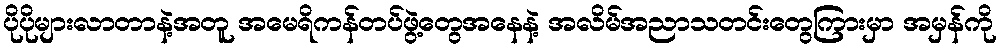
ပိုပိုများလာတာနဲ့အတူ အမေရိကန်တပ်ဖွဲ့တွေအနေနဲ့ အလိမ်အညာသတင်းတွေကြားမှာ အမှန်ကို